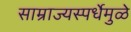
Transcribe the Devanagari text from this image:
साम्राज्यस्पर्धेमुळे